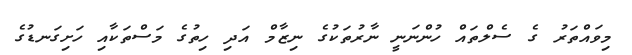
މިވައްތަރު ގެ ސެލްތައް ހުންނަނީ ނާރުތަކުގެ ނިޒާމް އަދި ހިތުގެ މަސްތަކާއި ހަށިގަނޑުގެ